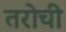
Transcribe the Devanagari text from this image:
तरोची